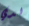
لدي